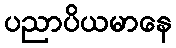
ပညာပိယမာနေ